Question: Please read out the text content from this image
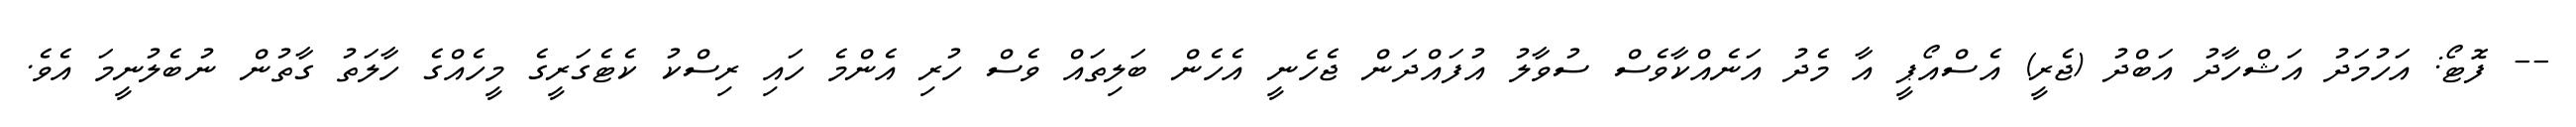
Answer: -- ފޮޓޯ: އަހުމަދު އަޝްހާދު އަބްދު (ޖެރީ) އެސްއޯޕީ އާ މެދު އަނެއްކާވެސް ސުވާލު އުފައްދަން ޖެހެނީ އެހެން ބަލިތައް ވެސް ހުރި އެންމެ ހައި ރިސްކު ކެޓެގަރީގެ މީހެއްގެ ހާލަތު ގާތުން ނުބެލުނީމަ އެވެ.